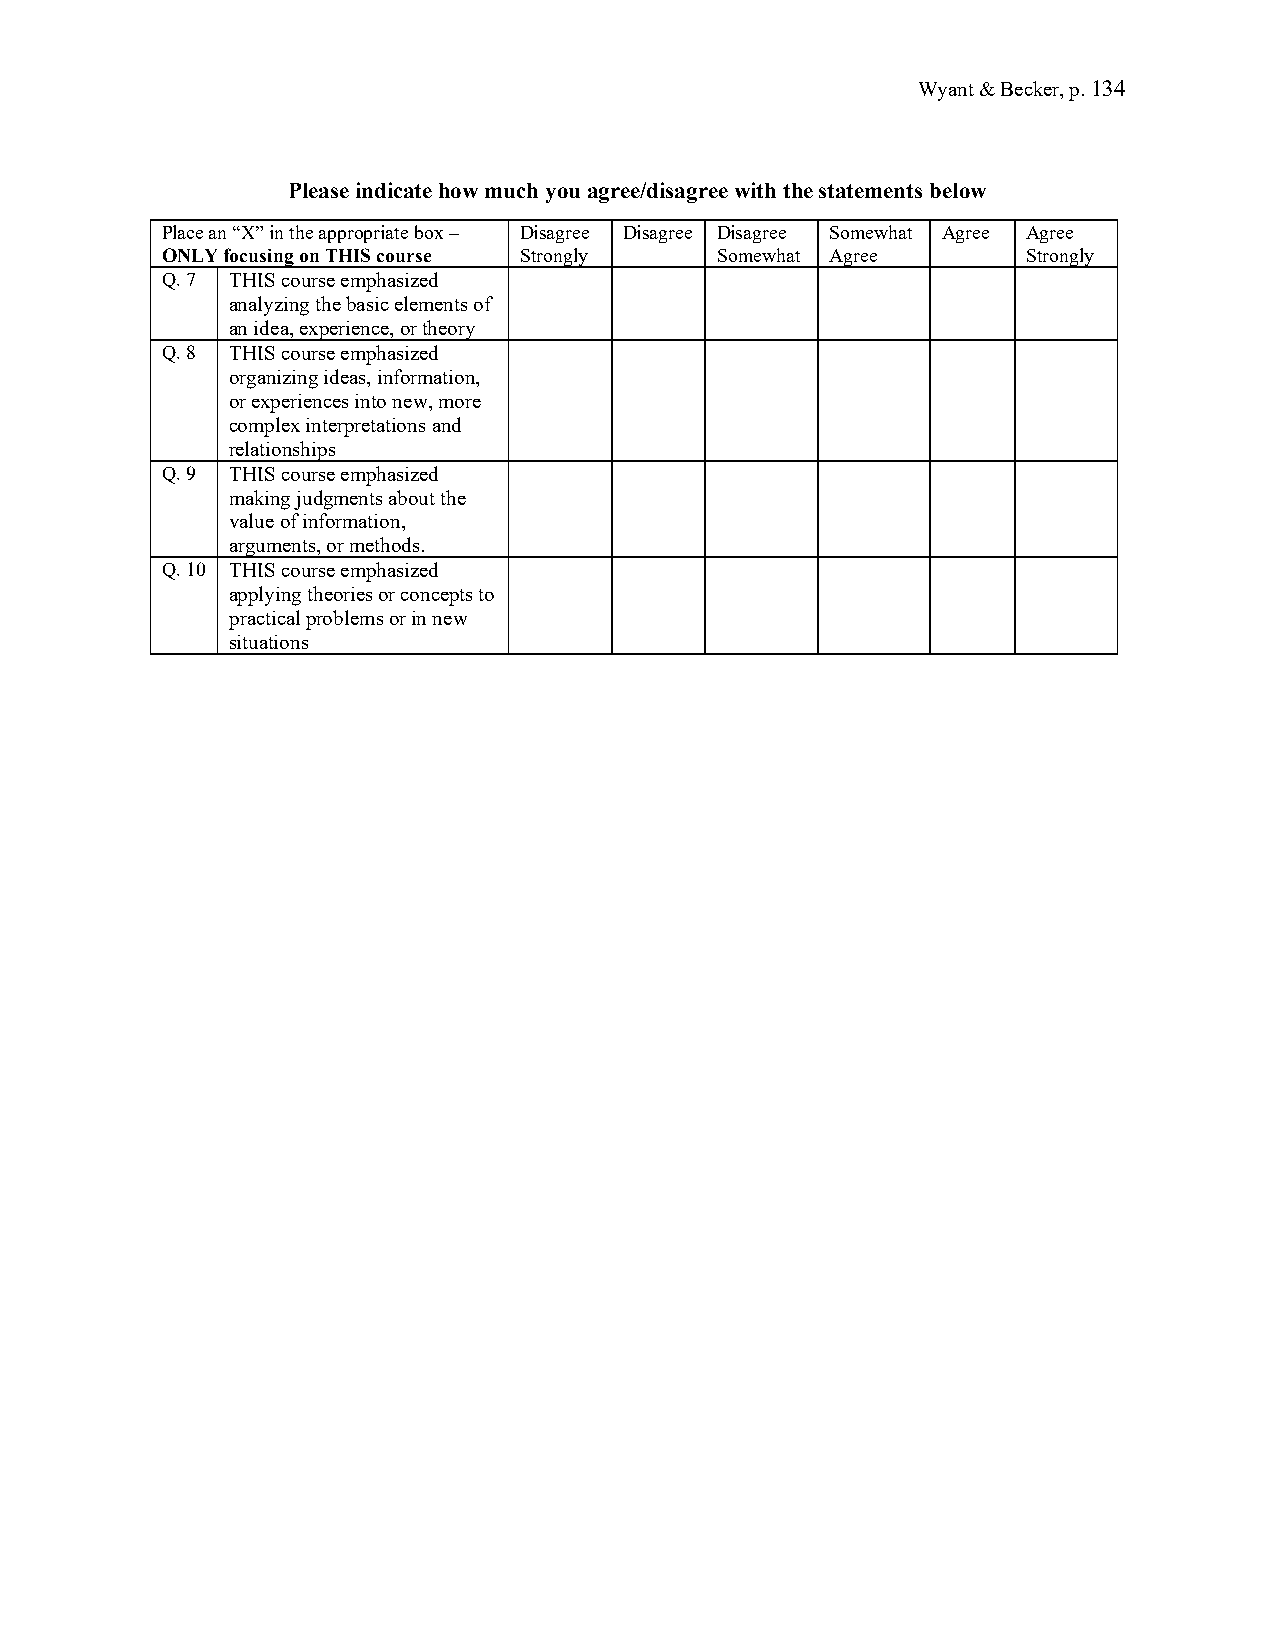
Wyant & Becker, p. 134
 Please indicate how much you agree/disagree with the statements below
 Place an “X” in the appropriate box – Disagree Disagree Disagree Somewhat Agree Agree
 ONLY focusing on THIS course Strongly Somewhat Agree     Strongly
 Q. 7 THIS course emphasized
 analyzing the basic elements of
 an idea, experience, or theory
 Q. 8 THIS course emphasized
 organizing ideas, information,
 or experiences into new, more
 complex interpretations and
 relationships
 Q. 9 THIS course emphasized
 making judgments about the
 value of information,
 arguments, or methods.
 Q. 10 THIS course emphasized
 applying theories or concepts to
 practical problems or in new
 situations